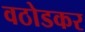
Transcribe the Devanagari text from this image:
वठोडकर